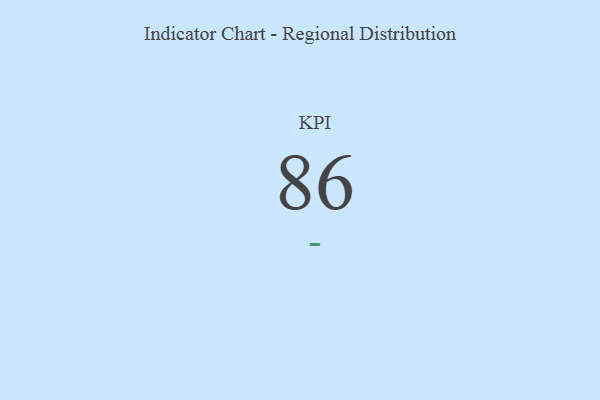
{"axis": {"x": "KPI", "y": "Value"}, "legend": [""], "data": [{"x": "KPI", "y": 86, "type": ""}]}